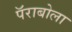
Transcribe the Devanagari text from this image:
पॅराबोला